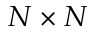
N \times N